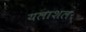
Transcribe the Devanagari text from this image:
यलाशल